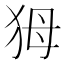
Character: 𤝕